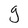
Character: g